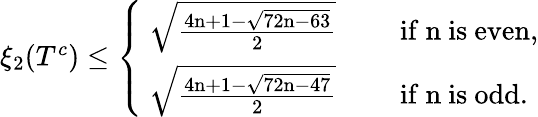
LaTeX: \begin{array}{r}{\xi_{2}(T^{c})\leq\left\{ \begin{array}{ll}{\mathrm{~\sqrt{\frac{4n+1-\sqrt{72n-63}}{2}}~}}&{\quad\mathrm{if~n~is~even,}}\\ {\mathrm{~\sqrt{\frac{4n+1-\sqrt{72n-47}}{2}}~}}&{\quad\mathrm{if~n~is~odd.}}\end{array}\right.}\end{array}